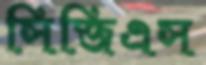
সিজিএস